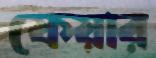
ফেয়ার